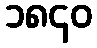
၁၈၄၀